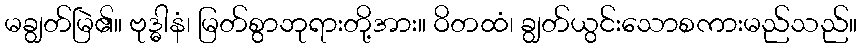
မချွတ်မြဲ၏။ ဗုဒ္ဓါနံ၊ မြတ်စွာဘုရားတို့အား။ ဝိတထံ၊ ချွတ်ယွင်းသောစကားမည်သည်။